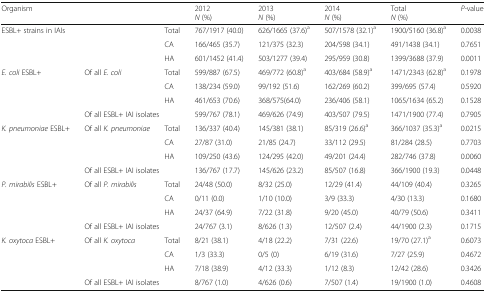
<table><thead><tr><td><b>Organism</b></td><td></td><td></td><td><b>2012<i>N</i> (%)</b></td><td><b>2013<i>N</i> (%)</b></td><td><b>2014<i>N</i> (%)</b></td><td><b>Total<i>N</i> (%)</b></td><td><b><i>P-</i>value</b></td></tr></thead><tbody><tr><td rowspan="3" colspan="2">ESBL+ strains in IAIs</td><td>Total</td><td>767/1917 (40.0)</td><td>626/1665 (37.6)<sup>a</sup></td><td>507/1578 (32.1)<sup>a</sup></td><td>1900/5160 (36.8)<sup>a</sup></td><td>0.0038</td></tr><tr><td>CA</td><td>166/465 (35.7)</td><td>121/375 (32.3)</td><td>204/598 (34.1)</td><td>491/1438 (34.1)</td><td>0.7651</td></tr><tr><td>HA</td><td>601/1452 (41.4)</td><td>503/1277 (39.4)</td><td>295/959 (30.8)</td><td>1399/3688 (37.9)</td><td>0.0011</td></tr><tr><td rowspan="4"><i>E. coli</i> ESBL+</td><td rowspan="3">Of all <i>E. coli</i></td><td>Total</td><td>599/887 (67.5)</td><td>469/772 (60.8)<sup>a</sup></td><td>403/684 (58.9)<sup>a</sup></td><td>1471/2343 (62.8)<sup>a</sup></td><td>0.1978</td></tr><tr><td>CA</td><td>138/234 (59.0)</td><td>99/192 (51.6)</td><td>162/269 (60.2)</td><td>399/695 (57.4)</td><td>0.5920</td></tr><tr><td>HA</td><td>461/653 (70.6)</td><td>368/575(64.0)</td><td>236/406 (58.1)</td><td>1065/1634 (65.2)</td><td>0.1528</td></tr><tr><td colspan="2">Of all ESBL+ IAI isolates</td><td>599/767 (78.1)</td><td>469/626 (74.9)</td><td>403/507 (79.5)</td><td>1471/1900 (77.4)</td><td>0.7905</td></tr><tr><td rowspan="4"><i>K. pneumoniae</i> ESBL+</td><td rowspan="3">Of all <i>K. pneumoniae</i></td><td>Total</td><td>136/337 (40.4)</td><td>145/381 (38.1)</td><td>85/319 (26.6)<sup>a</sup></td><td>366/1037 (35.3)<sup>a</sup></td><td>0.0215</td></tr><tr><td>CA</td><td>27/87 (31.0)</td><td>21/85 (24.7)</td><td>33/112 (29.5)</td><td>81/284 (28.5)</td><td>0.7703</td></tr><tr><td>HA</td><td>109/250 (43.6)</td><td>124/295 (42.0)</td><td>49/201 (24.4)</td><td>282/746 (37.8)</td><td>0.0060</td></tr><tr><td colspan="2">Of all ESBL+ IAI isolates</td><td>136/767 (17.7)</td><td>145/626 (23.2)</td><td>85/507 (16.8)</td><td>366/1900 (19.3)</td><td>0.0448</td></tr><tr><td rowspan="4"><i>P. mirabilis</i> ESBL+</td><td rowspan="3">Of all <i>P. mirabilis</i></td><td>Total</td><td>24/48 (50.0)</td><td>8/32 (25.0)</td><td>12/29 (41.4)</td><td>44/109 (40.4)</td><td>0.3265</td></tr><tr><td>CA</td><td>0/11 (0.0)</td><td>1/10 (10.0)</td><td>3/9 (33.3)</td><td>4/30 (13.3)</td><td>0.1680</td></tr><tr><td>HA</td><td>24/37 (64.9)</td><td>7/22 (31.8)</td><td>9/20 (45.0)</td><td>40/79 (50.6)</td><td>0.3411</td></tr><tr><td colspan="2">Of all ESBL+ IAI isolates</td><td>24/767 (3.1)</td><td>8/626 (1.3)</td><td>12/507 (2.4)</td><td>44/1900 (2.3)</td><td>0.1715</td></tr><tr><td rowspan="4"><i>K. oxytoca</i> ESBL+</td><td rowspan="3">Of all <i>K. oxytoca</i></td><td>Total</td><td>8/21 (38.1)</td><td>4/18 (22.2)</td><td>7/31 (22.6)</td><td>19/70 (27.1)<sup>a</sup></td><td>0.6073</td></tr><tr><td>CA</td><td>1/3 (33.3)</td><td>0/5 (0)</td><td>6/19 (31.6)</td><td>7/27 (25.9)</td><td>0.4672</td></tr><tr><td>HA</td><td>7/18 (38.9)</td><td>4/12 (33.3)</td><td>1/12 (8.3)</td><td>12/42 (28.6)</td><td>0.3426</td></tr><tr><td colspan="2">Of all ESBL+ IAI isolates</td><td>8/767 (1.0)</td><td>4/626 (0.6)</td><td>7/507 (1.4)</td><td>19/1900 (1.0)</td><td>0.4608</td></tr></tbody></table>